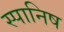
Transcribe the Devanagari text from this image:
स्पानिष